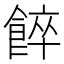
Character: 𩜘